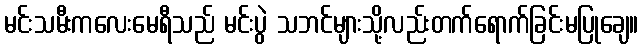
မင်းသမီးကလေးမေရီသည် မင်းပွဲ သဘင်များသို့လည်းတက်ရောက်ခြင်းမပြုချေ။